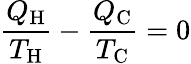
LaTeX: {\frac{Q_{\mathrm{H}}}{T_{\mathrm{H}}}}-{\frac{Q_{\mathrm{C}}}{T_{\mathrm{C}}}}=0